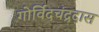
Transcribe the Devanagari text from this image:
गोर्विदचंद्रदास